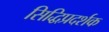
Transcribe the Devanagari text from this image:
सिद्धिप्रदर्शक